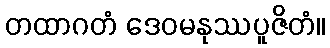
တထာဂတံ ဒေဝမနုဿပူဇိတံ။